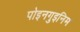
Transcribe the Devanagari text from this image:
पोइनगुइनिम